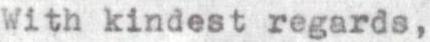
With kindest regards,